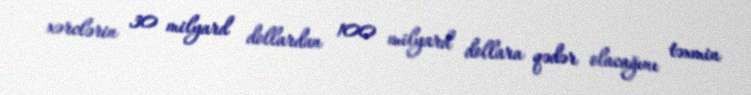
xərclərin 30 milyard dollardan 100 milyard dollara qədər olacağını təxmin